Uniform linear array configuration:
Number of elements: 16
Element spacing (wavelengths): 0.75
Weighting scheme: hamming
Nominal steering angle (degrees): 30
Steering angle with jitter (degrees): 28.201
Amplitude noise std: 0.05
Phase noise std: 0.05

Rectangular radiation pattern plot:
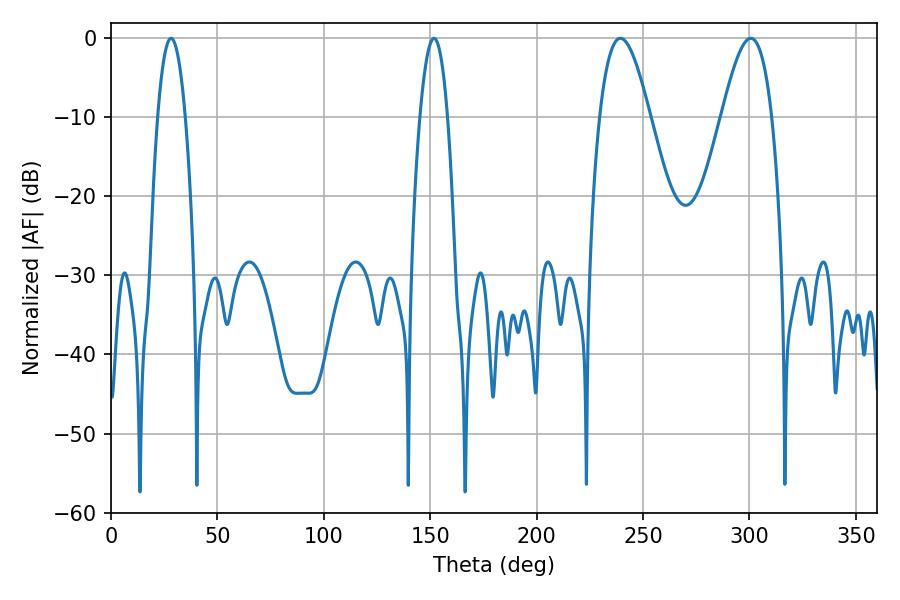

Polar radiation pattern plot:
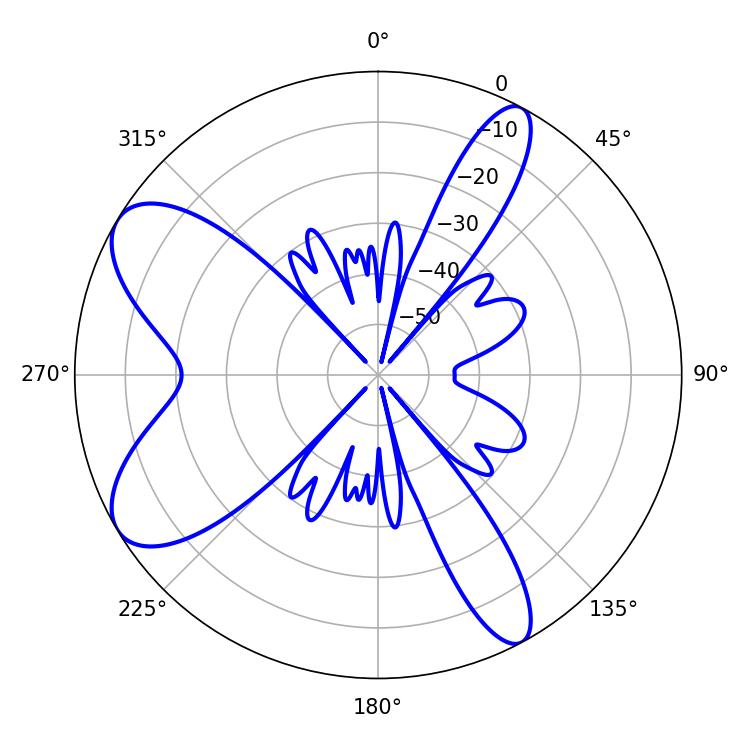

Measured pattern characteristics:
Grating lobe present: TRUE
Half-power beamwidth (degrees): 12.78
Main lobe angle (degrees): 239.4